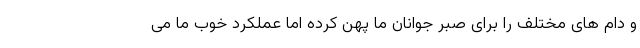
و دام های مختلف را برای صبر جوانان ما پهن کرده اما عملکرد خوب ما می